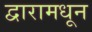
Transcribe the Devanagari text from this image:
द्वारामधून